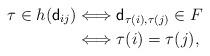
LaTeX: \begin{align*}\tau\in h({\sf d}_{ij})&\Longleftrightarrow {\sf d}_{\tau(i), \tau(j)}\in F\\ &\Longleftrightarrow \tau(i)=\tau(j), \end{align*}